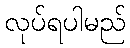
လုပ်ရပါမည်